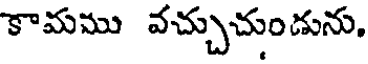
కామము వచ్చుచుండును,